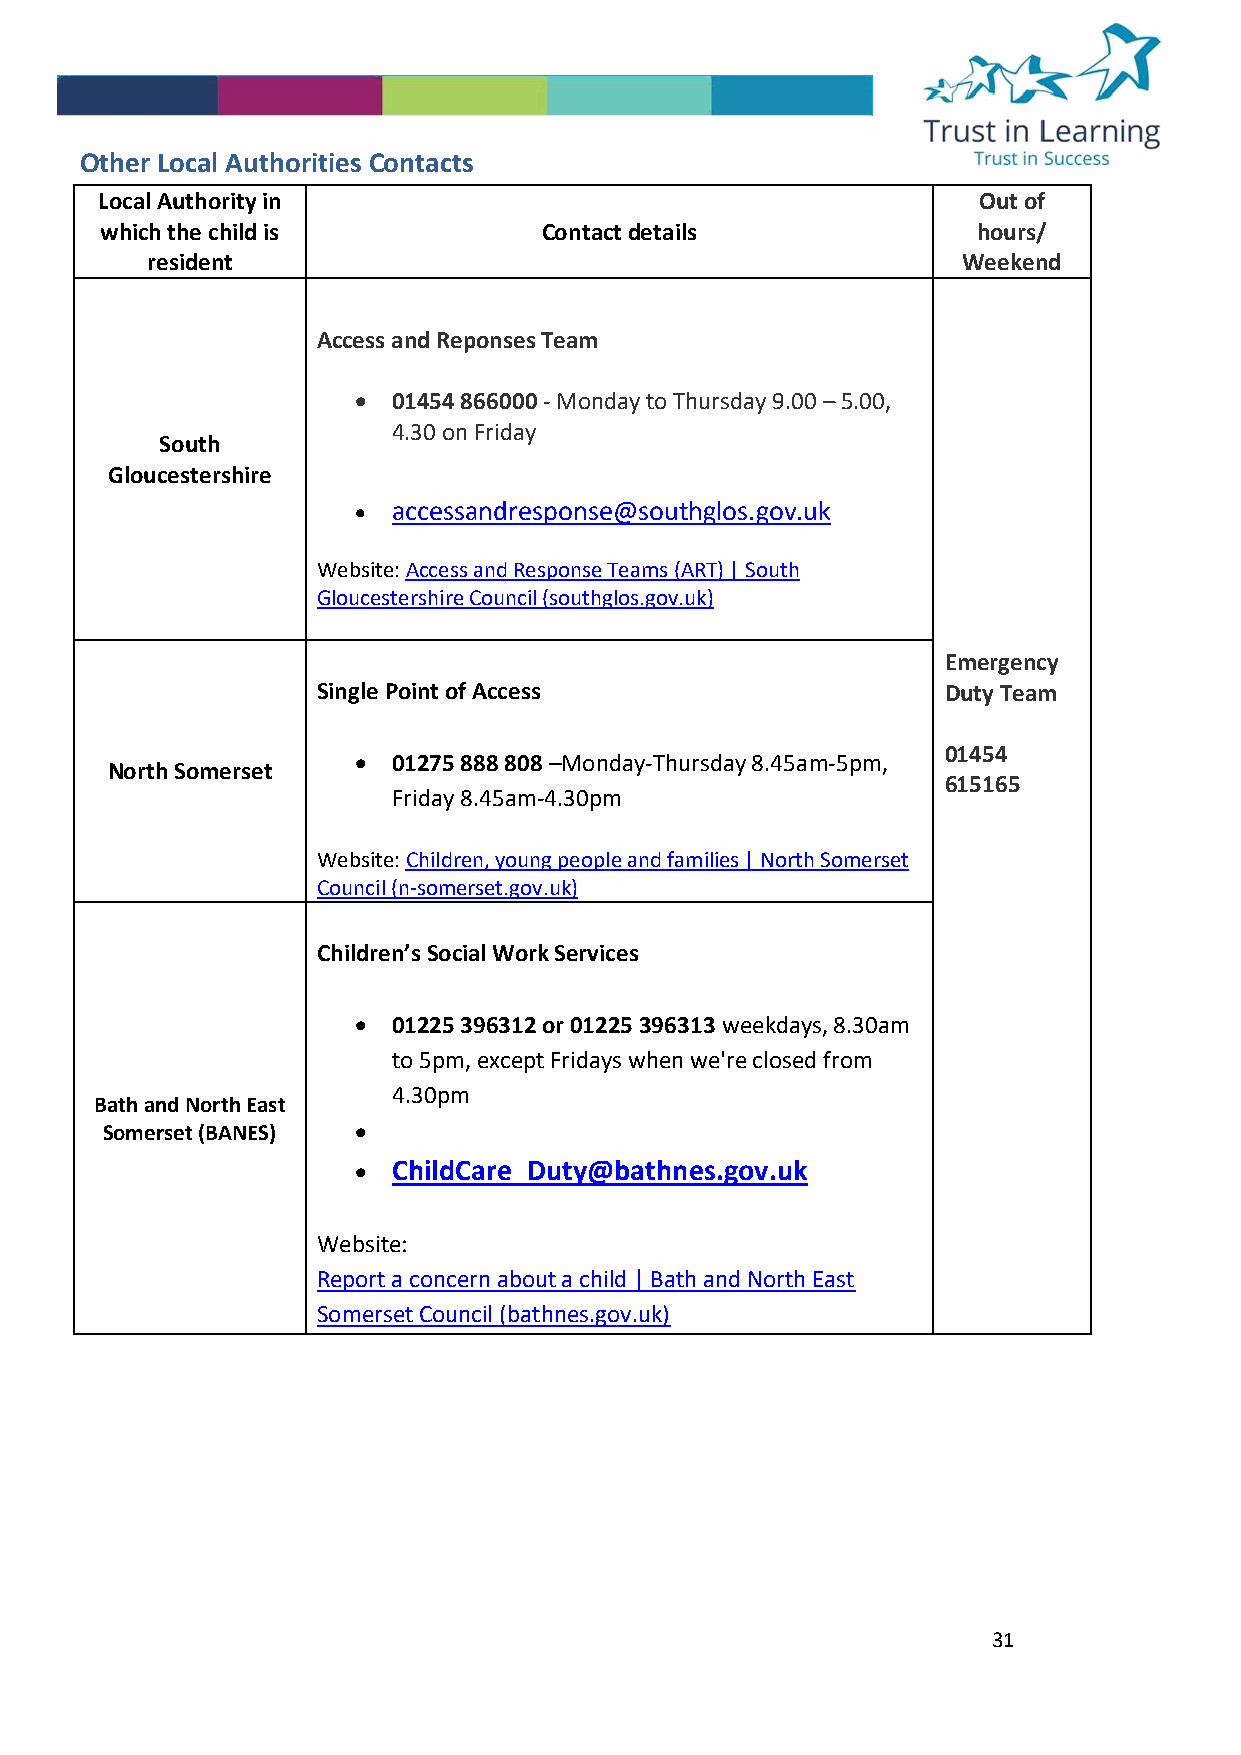
Other Local Authorities Contacts
 Local Authority in                                         Out of
 which the child is           Contact details              hours/
 resident                                              Weekend
 Access and Reponses Team
 •  01454 866000 ‐ Monday to Thursday 9.00 – 5.00,
 4.30 on Friday
 South
 Gloucestershire
 •  accessandresponse@southglos.gov.uk
 Website: Access and Response Teams (ART) | South
 Gloucestershire Council (southglos.gov.uk)
 Emergency
 Single Point of Access                   Duty Team
 01454
 •  01275 888 808 –Monday-Thursday 8.45am-5pm,
 North Somerset
 615165
 Friday 8.45am-4.30pm
 Website: Children, young people and families | North Somerset
 Council (n-somerset.gov.uk)
 Children’s Social Work Services
 •  01225 396312 or 01225 396313 weekdays, 8.30am
 to 5pm, except Fridays when we're closed from
 4.30pm
 Bath and North East
 Somerset (BANES) •
 •  ChildCare_Duty@bathnes.gov.uk
 Website:
 Report a concern about a child | Bath and North East
 Somerset Council (bathnes.gov.uk)
 31